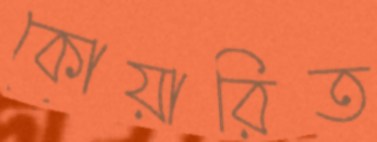
কোয়ারিত